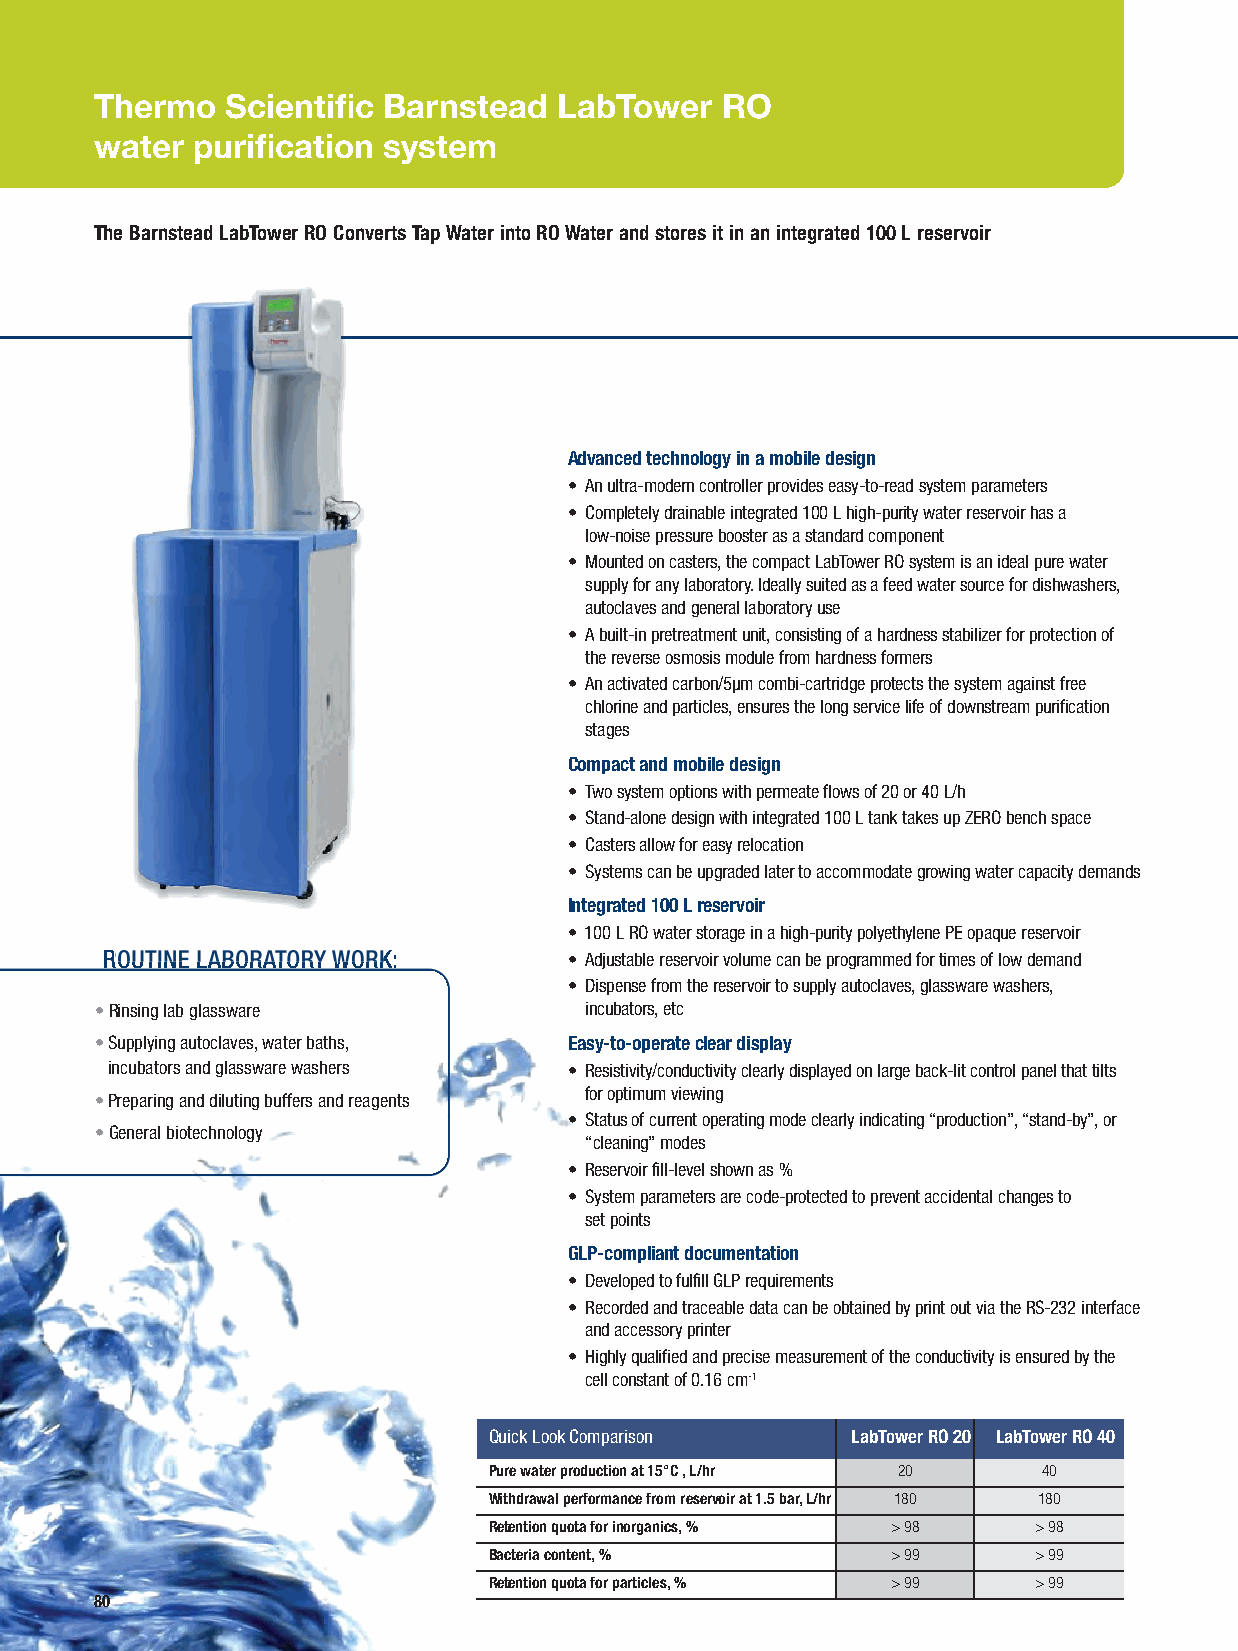
Thermo   Scientific Barnstead  LabTower   RO
 water  purification system
 The Barnstead LabTower RO Converts Tap Water into RO Water and stores it in an integrated 100 L reservoir
 Advanced technology in a mobile design
 • An ultra-modern controller provides easy-to-read system parameters
 • Completely drainable integrated 100 L high-purity water reservoir has a
 low-noise pressure booster as a standard component
 • Mounted on casters, the compact LabTower RO system is an ideal pure water
 supply for any laboratory. Ideally suited as a feed water source for dishwashers,
 autoclaves and general laboratory use
 • A built-in pretreatment unit, consisting of a hardness stabilizer for protection of
 the reverse osmosis module from hardness formers
 • An activated carbon/5μm combi-cartridge protects the system against free
 chlorine and particles, ensures the long service life of downstream purification
 stages
 Compact and mobile design
 • Two system options with permeate flows of 20 or 40 L/h
 • Stand-alone design with integrated 100 L tank takes up ZERO bench space
 • Casters allow for easy relocation
 • Systems can be upgraded later to accommodate growing water capacity demands
 Integrated 100 L reservoir
 • 100 L RO water storage in a high-purity polyethylene PE opaque reservoir
 ROUTINE LABORATORY WORK:       • Adjustable reservoir volume can be programmed for times of low demand
 • Dispense from the reservoir to supply autoclaves, glassware washers,
 •Rinsing lab glassware           incubators, etc
 •Supplying autoclaves, water baths, Easy-to-operate clear display
 incubators and glassware washers • Resistivity/conductivity clearly displayed on large back-lit control panel that tilts
 for optimum viewing
 •Preparing and diluting buffers and reagents
 • Status of current operating mode clearly indicating “production”, “stand-by”, or
 •General biotechnology
 “cleaning” modes
 • Reservoir fill-level shown as %
 • System parameters are code-protected to prevent accidental changes to
 set points
 GLP-compliant documentation
 • Developed to fulfill GLP requirements
 • Recorded and traceable data can be obtained by print out via the RS-232 interface
 and accessory printer
 • Highly qualified and precise measurement of the conductivity is ensured by the
 cell constant of 0.16 cm-1
 Quick Look Comparison   LabTower RO 20 LabTower RO 40
 Pure water production at 15°C , L/hr 20 40
 Withdrawal performance from reservoir at 1.5 bar, L/hr 180 180
 Retention quota for inorganics, % > 98 > 98
 Bacteria content, %        > 99      > 99
 Retention quota for particles, % > 99 > 99
 80